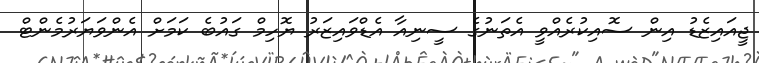
ޖީއައިޒެޑު އިން ސޮއިކުރެއްވީ އެތަނުގެ ސީނިއާ އެޑްވައިޒަރު ޔޮހިމް ގައުބެ ކަމަށް އެންވަޔަރުމެންޓް